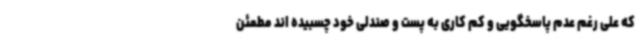
که علی رغم عدم پاسخگویی و کم کاری به پست و صندلی خود چسبیده اند مطمئن